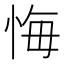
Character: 悔